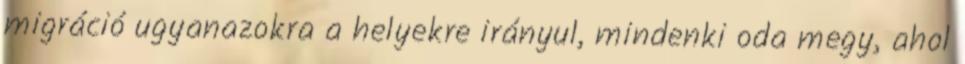
migráció ugyanazokra a helyekre irányul, mindenki oda megy, ahol